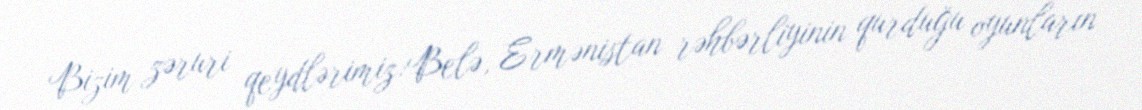
Bizim zəruri qeydlərimiz:Belə, Ermənistan rəhbərliyinin qurduğu oyunların